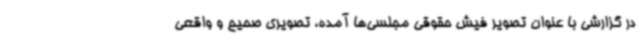
در گزارشی با عنوان تصویر فیش حقوقی مجلسی‌ها آمده، تصویری صحیح و واقعی